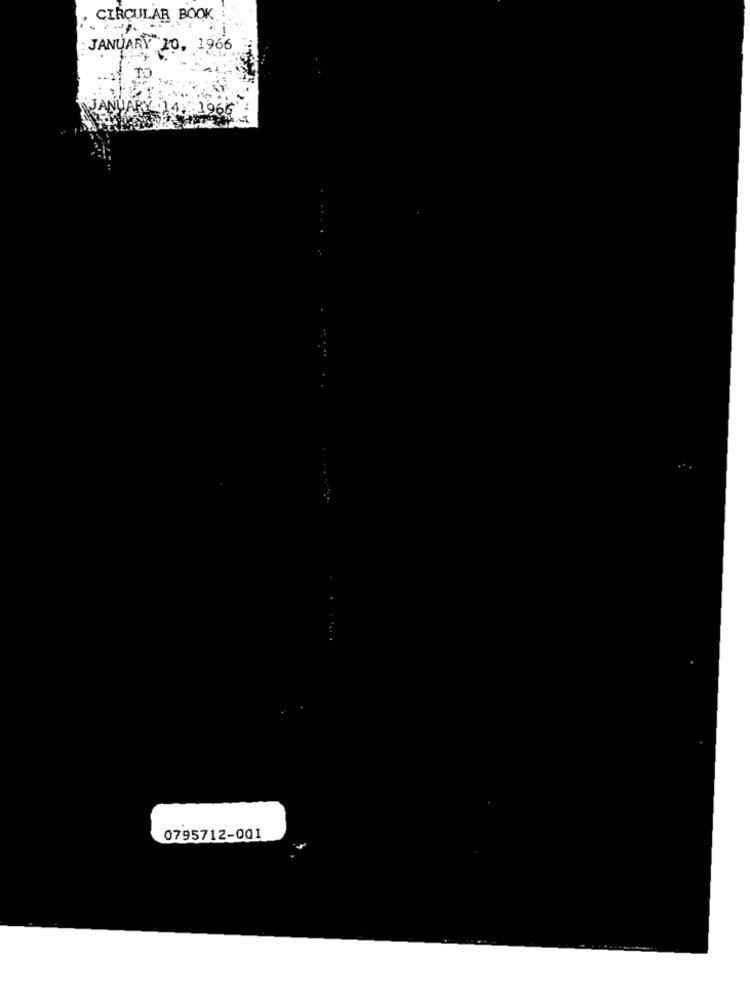
CIRCULAR BOOK
: JANUARY 10, 1966
1965
0795712-001